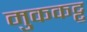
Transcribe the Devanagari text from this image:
मुककट्टू